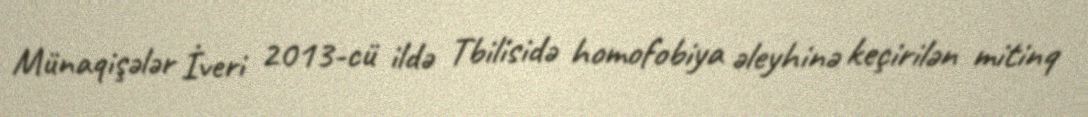
Münaqişələr İveri 2013-cü ildə Tbilisidə homofobiya əleyhinə keçirilən mitinq